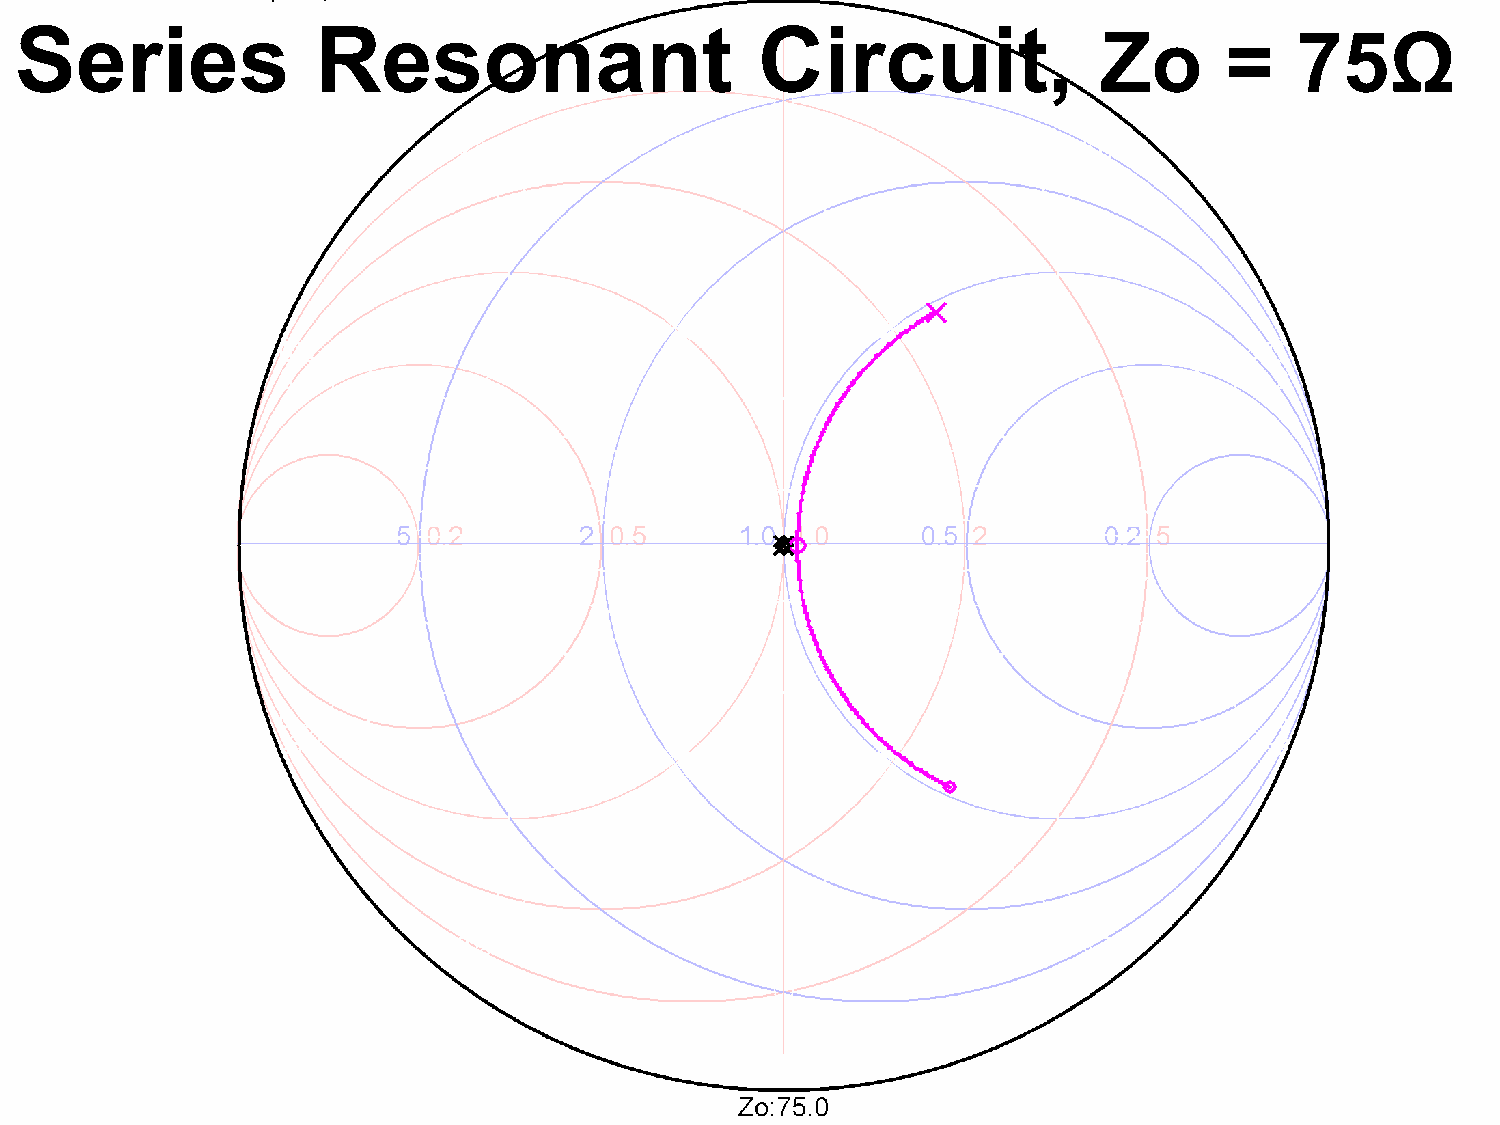
Series              Resonant                     Circuit,
 Zo      =    75Ω